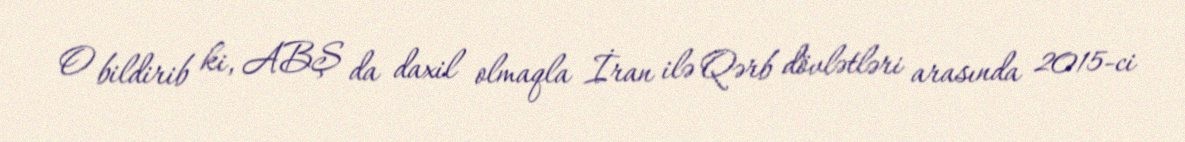
O bildirib ki, ABŞ da daxil olmaqla İran ilə Qərb dövlətləri arasında 2015-ci